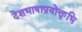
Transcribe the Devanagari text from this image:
देशभाषाप्रयोक्तृभि